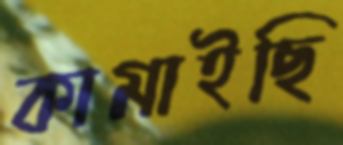
কামাইছি